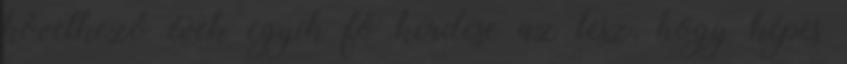
következő évek egyik fő kérdése az lesz, hogy képes